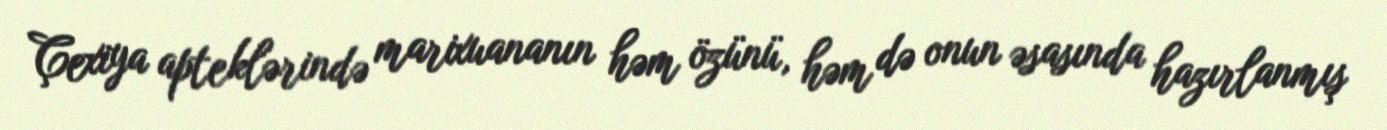
Çexiya apteklərində marixuananın həm özünü, həm də onun əsasında hazırlanmış